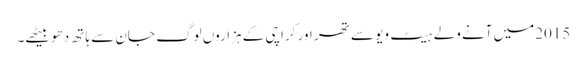
2015میں آنے ولے ہیٹ ویو سے تھر اور کراچی کے ہزاروں لوگ جان سے ہاتھ دھو بیٹھے۔